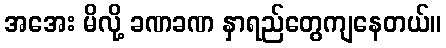
အအေး မိလို့ ခဏခဏ နှာရည်တွေကျနေတယ်။